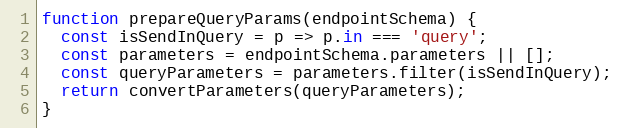
Language: JavaScript
function prepareQueryParams(endpointSchema) {
  const isSendInQuery = p => p.in === 'query';
  const parameters = endpointSchema.parameters || [];
  const queryParameters = parameters.filter(isSendInQuery);
  return convertParameters(queryParameters);
}